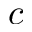
c